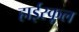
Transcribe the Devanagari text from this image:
हार्इस्कूल